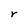
Character: r